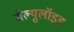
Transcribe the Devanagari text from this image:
सेल्युलॉइड